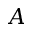
A